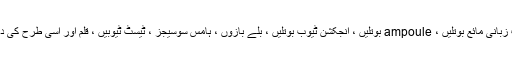
درخواست زبانی مائع بوتلیں ، ampoule بوتلیں ، انجکشن ٹیوب بوتلیں ، بلے بازوں ، ہامس سوسیجز ، ٹیسٹ ٹیوبیں ، قلم اور اسی طرح کی درخواستیں۔